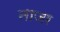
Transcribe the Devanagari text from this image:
नाजर